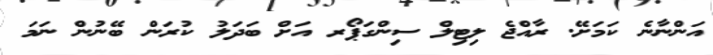
އަންނާނެ ކަމަށޭ. ރާއްޖެ ލިޓިލް ސިންގަޕޯރ އަށް ބަދަލު ކުރަން ބޭނުން ނަމަ